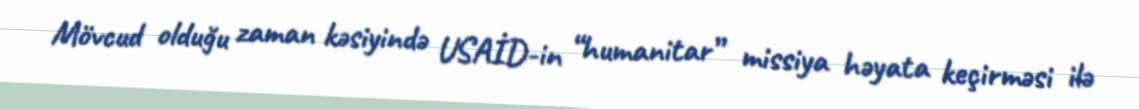
Mövcud olduğu zaman kəsiyində USAİD-in “humanitar” missiya həyata keçirməsi ilə